Report of the King Institute of Preventive Medicine, Guindy
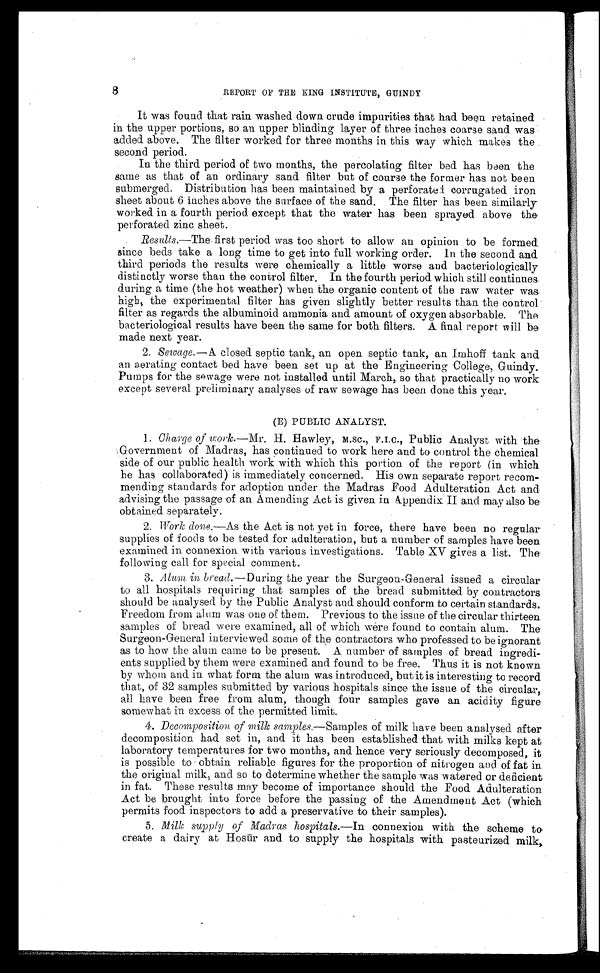
8
REPORT OF THE KING INSTITUTE, GUINDY
It was found that rain washed down crude impurities that had been retained
in the upper portions, so an upper blinding layer of three inches coarse sand was
added above. The filter worked for three months in this way which makes the
second period.
In the third period of two months, the percolating filter bed has been the
same as that of an ordinary sand filter but of course the former has not been
submerged. Distribution has been maintained by a perforated corrugated iron
sheet about 6 inches above the surface of the sand. The filter has been similarly
worked in a fourth period except that the water has been sprayed above the
perforated zinc sheet.
Results .—The first period was too short to allow an opinion to be formed
since beds take a long time to get into full working order. In the second and
third periods the results were chemically a little worse and bacteriologically
distinctly worse than the control filter. In the fourth period which still continues
during a time (the hot weather) when the organic content of the raw water was
high, the experimental filter has given slightly better results than the control
filter as regards the albuminoid ammonia and amount of oxygen absorbable. The
bacteriological results have been the same for both filters. A final report will be
made next year.
2. Sewage.— A closed septic tank, an open septic tank, an Imhoff tank and
an aerating contact bed have been set up at the Engineering College, Guindy.
Pumps for the sewage were not installed until March, so that practically no work
except several preliminary analyses of raw sewage has been done this year.
(E) PUBLIC ANALYST.
1. Charge of work.—Mr. H. Hawley, M.sc., F.I.C., Public Analyst with the
Government of Madras, has continued to work here and to control the chemical
side of our public health work with which this portion of the report (in which
he has collaborated) is immediately concerned. His own separate report recom
-
mending standards for adoption under the Madras Food Adulteration Act and
advising the passage of an Amending Act is given in A ppendix II and may also be
obtained separately.
2. Work done.—As the Act is not yet in force, there have been no regular.
s u p p l i e s o f f o o d s t o b e t e s t e d f o r a d u l t e r a t i o n , b u t a n u m b e r o f s a m p l e s h a v e b e e n
examined in connexion with various investigations. Table XV gives a list. The
following call for sp e cial comment.
3. Alum in bread.— During the year the Surgeon-General issued a circular
to all hospitals requiring that samples of the bread submitted by contractors
should be analysed by the Public Analyst and should conform to certain standards.
Freedom from alum was one of them. Previous to the issue of the circular thirteen
samples of bread were examined, all of which were found to contain alum. The
Surgeon-General interviewed some of the contractors who professed to be ignorant
as to how the alum came to be present. A number of samples of bread ingredi
-
ents supplied by them were examined and found to be free. Thus it is not known
by whom and in what form the alum was introduced, but it is interesting to record
that, of 32 samples submitted by various hospitals since the issue of the circular,
all have been free from alum, though four samples gave an acidity figure
somewhat in excess of the permitted limit.
4. Decomposition of milk samples.—Samples of milk have been analysed after
decomposition had set in, and it has been established that with milks kept at
laboratory temperatures for two months, and hence very seriously decomposed, it
is possible to obtain reliable figures for the proportion of nitrogen and of fat in
the original milk, and so to determine whether the sample was watered or deficient
in fat. These results may become of importance should the Food Adulteration
Act be brought into force before the passing of the Amendment Act (which
permits food inspectors to add a preservative to their samples).
5. Milk supply of Madras hospitals.— In connexion with the scheme to
create a dairy at Hosūr and to supply the hospitals with pasteurized milk,